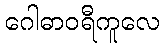
ဂေါဓာဝရီကူလေ